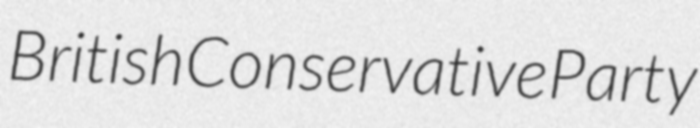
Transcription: British Conservative Party